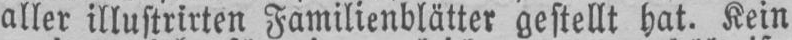
aller illustrirten Familienblätter gestellt hat. Kein